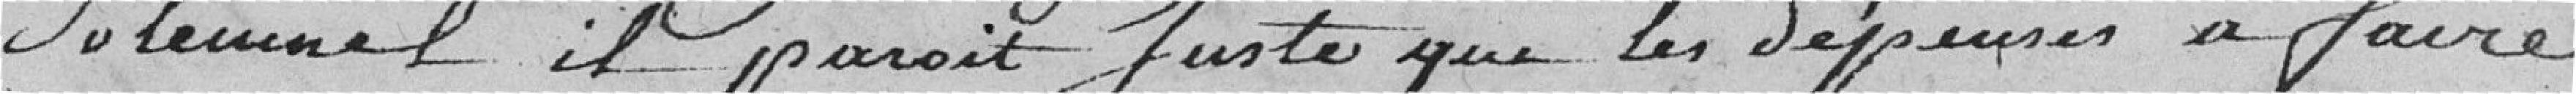
solennel, il parait juste que les dépenses à faire